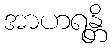
အာဟရန္တိ